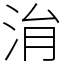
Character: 㳙